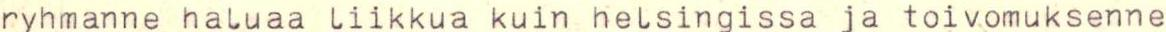
ryhmanne haluaa liikkua kuin helsingissa ja toivomuksenne